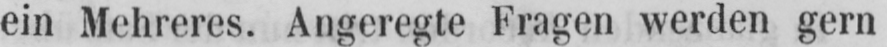
ein Mehreres. Angeregte Fragen werden gern